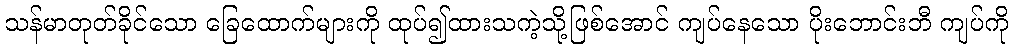
သန်မာတုတ်ခိုင်သော ခြေထောက်များကို ထုပ်၍ထားသကဲ့သို့ဖြစ်အောင် ကျပ်နေသော ပိုးဘောင်းဘီ ကျပ်ကို